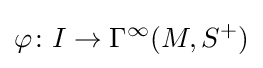
\varphi \colon I\rightarrow \Gamma ^{\infty }(M,S^{+})